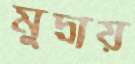
মুদ্রায়